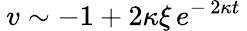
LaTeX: \: v\sim-1+2\kappa\xi\, e^{-\, 2\kappa t}\: